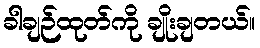
ခါချဉ်ထုတ်ကို ချိုးချတယ်။